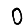
Digit: 0